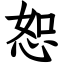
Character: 恕